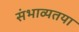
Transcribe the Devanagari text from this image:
संभाव्यतया